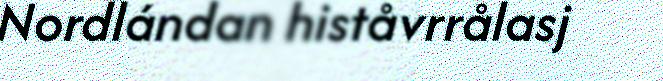
Nordlándan histåvrrålasj